system: You are a helpful assistant.
user:
Analyze the provided spectrum to determine if it is a **"Cataclysmic Variables (CV)"**.

- **Key Indicators for CV (Check for either state):**
    - **State 1: Quiescent / Low-State (Emission-Dominated)**
        - **(Primary):** Strong and *very broad* Hydrogen Balmer emission lines (e.g., $H\alpha$ at 6563 Å, $H\beta$ at 4861 Å). The 'broadness' (high velocity dispersion, often FWHM > 1000 km/s) is the key diagnostic, indicating a high-velocity accretion disk.
        - **(Secondary):** Broad neutral Helium (He I) emission lines (e.g., 5876 Å, 6678 Å).
        - **(Key Confirmation):** Presence of high-excitation *ionized* Helium (He II) emission at 4686 Å. This is a strong indicator of accretion onto a white dwarf.
        - **(Line Profile):** Emission lines may exhibit a 'double-peaked' profile, which is a classic signature of a rotating accretion disk viewed at high inclination.

    - **State 2: Outburst / High-State (Absorption-Dominated)**
        - **(Primary):** Spectrum is dominated by a bright, blue continuum (looks like a hot star).
        - **(Secondary):** The emission lines from State 1 are weak, absent, or 'filled in', and are replaced by broad, shallow *absorption* lines (primarily Balmer and He I).
        - **(Morphology):** The overall spectrum mimics a hot B/A-type star. The crucial difference is that the absorption lines are significantly broader, shallower, and more 'washed-out' (or 'smeared') than the sharp lines of a normal stellar photosphere, due to high rotational speeds and pressure broadening in the disk.

Think first, call **spectral_visualization_tool** if needed to examine features in detail, then provide your final answer. Your response must adhere to the following strict rules:
1.  **Overall Structure:** Your response must follow the format `<think>...</think> <tool_call>...</tool_call> (if a tool is used) <answer>...</answer>`.
2.  **Tool Usage Constraint:** You may only make **one** tool call per turn.
3.  **Final Answer Format:** In the `<answer>` tag, your conclusion must be inside a `\boxed{}` command (e.g., `\boxed{YES}`), followed by your justification.

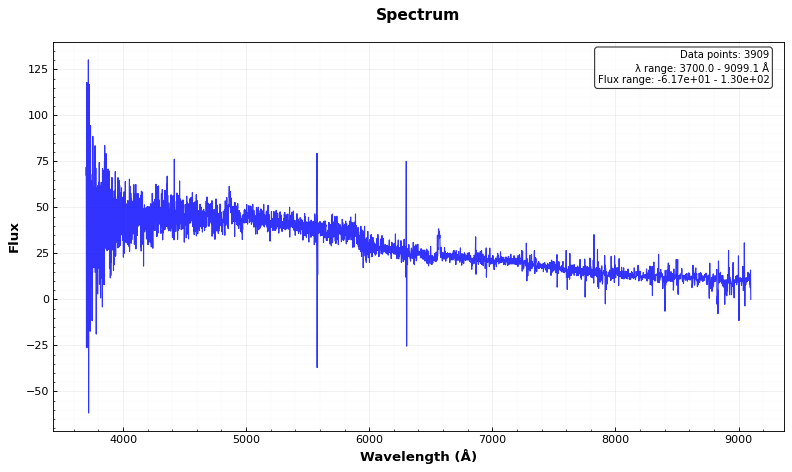
Answer: YES